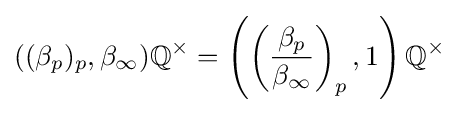
((\beta _{p})_{p},\beta _{\infty })\mathbb {Q} ^{\times }=\left(\left({\frac {\beta _{p}}{\beta _{\infty }}}\right)_{p},1\right)\mathbb {Q} ^{\times }